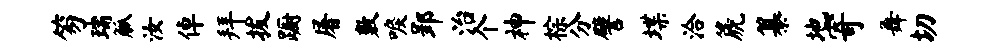
笏瑞觚汝倬拜拔蹰屠敷唳郢治个神棕分譬堞洽篪纂地寄舞切